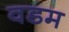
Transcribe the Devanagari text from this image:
वडम